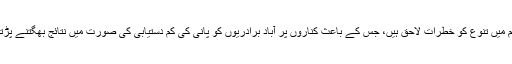
اس کے باعث، ماحولیاتی اور حیاتیاتی نظام میں تنوع کو خطرات لاحق ہیں، جس کے باعث کناروں پر آباد برادریوں کو پانی کی کم دستیابی کی صورت میں نتائج بھگتنے پڑتے ہیں، جہاں پانی کا بہائو کم ہو چکا ہے''۔